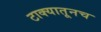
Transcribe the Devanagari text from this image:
टाक्यातूनच